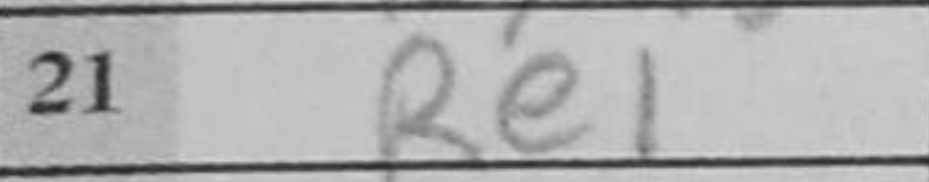
Transcription: Re1